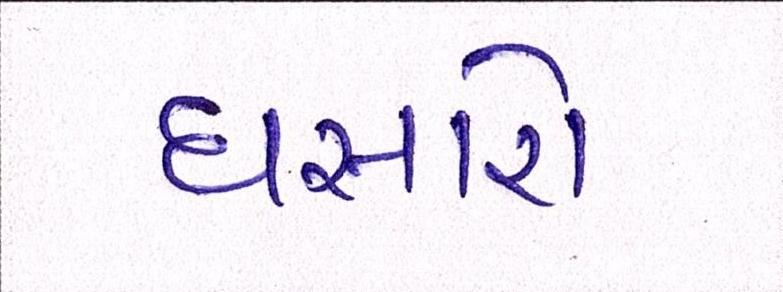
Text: ઘસારો